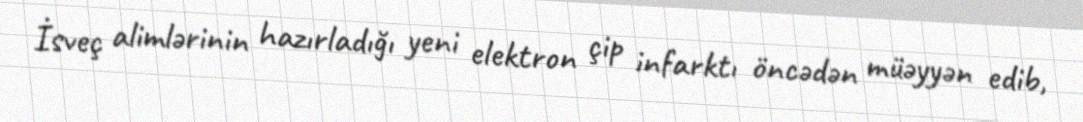
İsveç alimlərinin hazırladığı yeni elektron çip infarktı öncədən müəyyən edib,